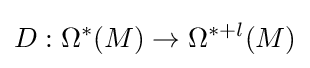
D:\Omega ^{*}(M)\to \Omega ^{*+l}(M)